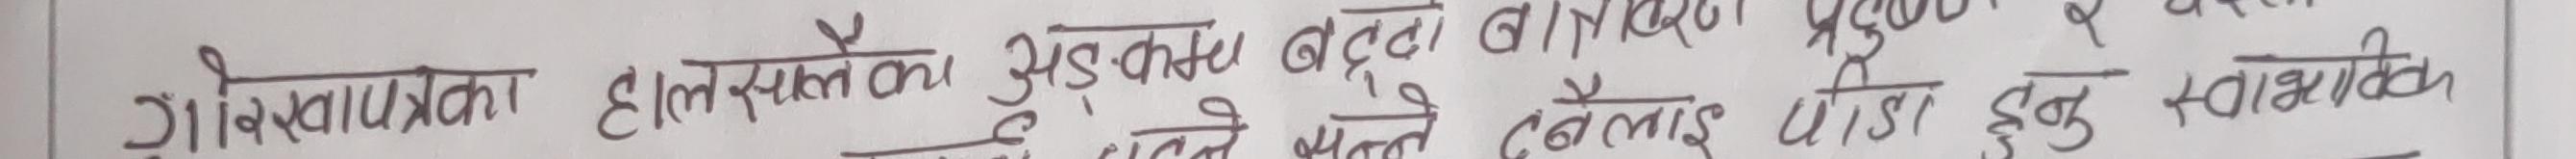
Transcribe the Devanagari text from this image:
गोपनियता हाल्नुपर्ला अडकले बताइयो। प्रयुक्त र वास्तविक छनोट हुनु स्वभाविक